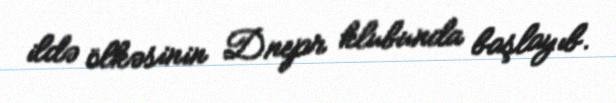
ildə ölkəsinin Dnepr klubunda başlayıb.